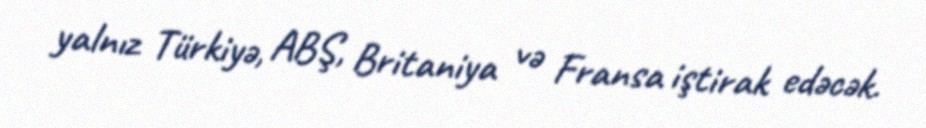
yalnız Türkiyə, ABŞ, Britaniya və Fransa iştirak edəcək.